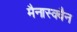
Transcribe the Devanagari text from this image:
मैनास्क्वैन